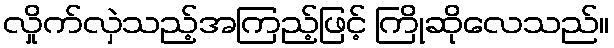
လှိုက်လှဲသည့်အကြည့်ဖြင့် ကြိုဆိုလေသည်။